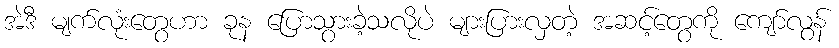
အဲဒီ မျက်လုံးတွေဟာ ခုန ပြောသွားခဲ့သလိုပဲ များပြားလှတဲ့ အဆင့်တွေကို ကျော်လွန်